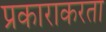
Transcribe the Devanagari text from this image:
प्रकाराकरता